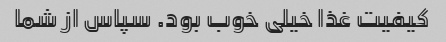
کیفیت غذا خیلی خوب بود. سپاس از شما